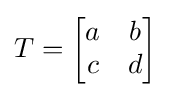
T={\begin{bmatrix}a&b\\c&d\end{bmatrix}}